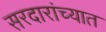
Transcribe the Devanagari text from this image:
सरदारांच्यात